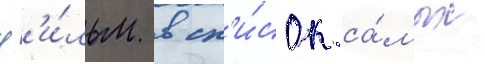
ф'и́льм в сп'и́сок са́мых